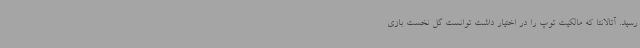
رسید. آتالانتا که مالکیت توپ را در اختیار داشت توانست گل نخست بازی